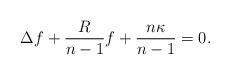
LaTeX: \begin{align*}\Delta f+\frac{R}{n-1}f+\frac{n\kappa}{n-1}=0.\end{align*}